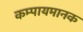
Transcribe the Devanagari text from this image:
कम्पायमानक